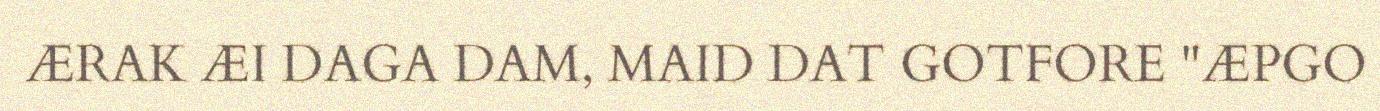
ÆRAK ÆI DAGA DAM, MAID DAT GOTFORE "ÆPGO